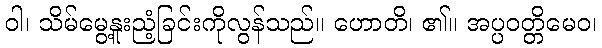
ဝါ၊ သိမ်မွေ့နူးညံ့ခြင်းကိုလွန်သည်။ ဟောတိ၊ ၏။ အပ္ပဝတ္တိမေဝ၊